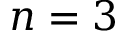
n = 3